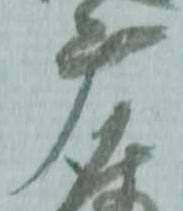
摩